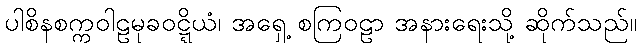
ပါစိနစက္ကဝါဠမုခဝဋ္ဋိယံ၊ အရှေ့ စကြဝဠာ အနားရေးသို့ ဆိုက်သည်။